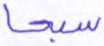
سبحا